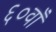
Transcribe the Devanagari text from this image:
६०वाँ